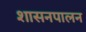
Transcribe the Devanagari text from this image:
शासनपालन